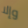
وإلا